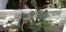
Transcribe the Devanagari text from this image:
आधुनिकीकरणास